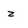
Character: z